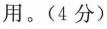
用。(4分)